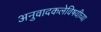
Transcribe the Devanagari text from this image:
अनुवादकलेविषयीच्या